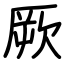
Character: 厥